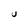
Character: U